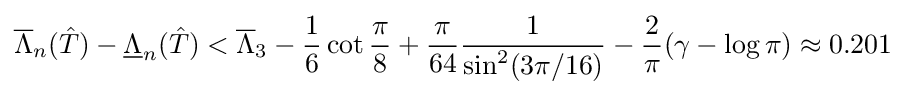
{\overline {\Lambda }}_{n}({\hat {T}})-{\underline {\Lambda }}_{n}({\hat {T}})<{\overline {\Lambda }}_{3}-{\frac {1}{6}}\cot {\frac {\pi }{8}}+{\frac {\pi }{64}}{\frac {1}{\sin ^{2}(3\pi /16)}}-{\frac {2}{\pi }}(\gamma -\log \pi )\approx 0.201